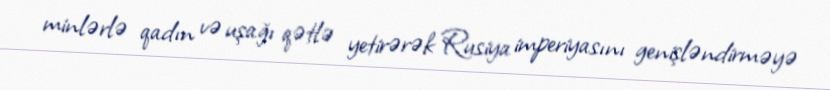
minlərlə qadın və uşağı qətlə yetirərək Rusiya imperiyasını genişləndirməyə